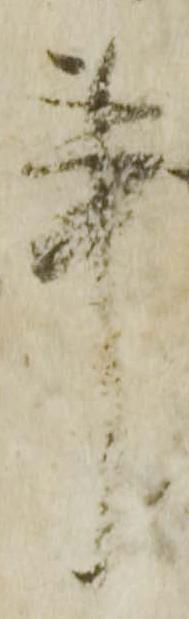
事